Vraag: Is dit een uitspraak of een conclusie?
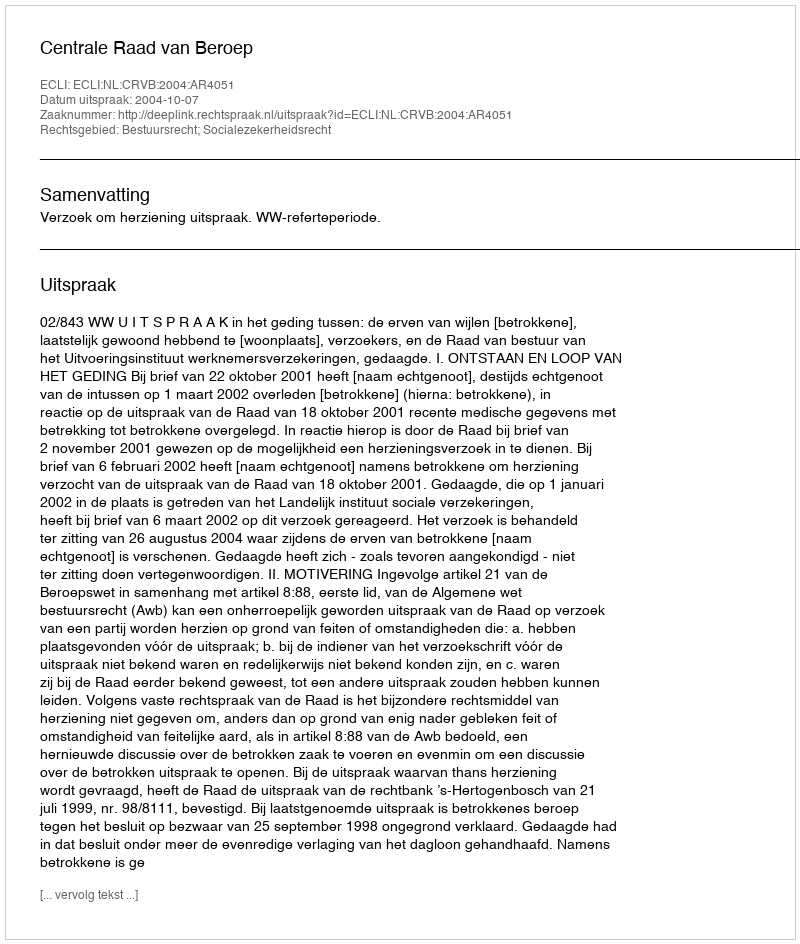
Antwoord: Uitspraak